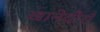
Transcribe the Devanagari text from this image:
खानेदौराँ